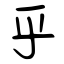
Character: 乎